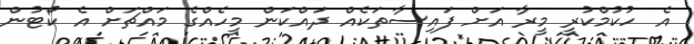
އެ ހުކުމްކުރީ މީރާ އަށް ފައިސާތަކެއް ދައްކަން މީހެއްގެ މައްޗަށް އެ ކޯޓުން